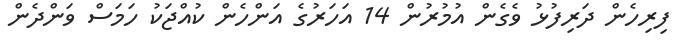
ފިރިހެން ދަރިފުޅު ވެގެން އުމުރުން 14 އަހަރުގެ އަންހެން ކުއްޖަކު ހަމަސް ވަންދެން